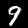
Digit: 9